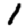
Digit: 1